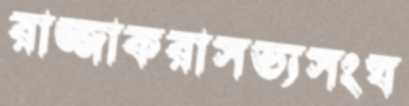
রাজ্জাকরাসভ্যসংঘ